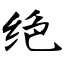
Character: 绝